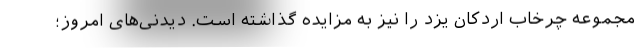
مجموعه چرخاب اردکان یزد را نیز به مزایده گذاشته است. دیدنی‌های امروز؛